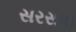
સરસાઇ